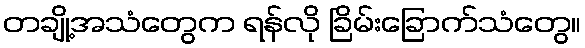
တချို့အသံတွေက ရန်လို ခြိမ်းခြောက်သံတွေ။